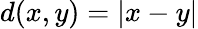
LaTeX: d(x,y)=|x-y|